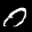
Label: 0